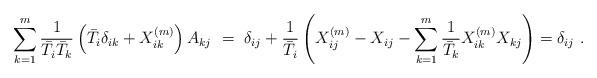
LaTeX: \begin{align*}\sum_{k=1}^m {1 \over \bar{T}_i \bar{T}_k} \left( \bar{T}_i \delta_{ik} + X^{(m)}_{ik} \right) A_{kj} \ = \ \delta_{ij}+{1\over{\bar T}_i}\left(X^{(m)}_{ij}-X_{ij}-\sum_{k=1}^m{1\over{\bar T}_k}X^{(m)}_{ik}X_{kj} \right)=\delta_{ij} \ .\end{align*}